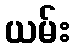
ယမ်း